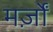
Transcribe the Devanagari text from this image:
मर्ज़ों